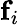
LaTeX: \mathbf{f}_{i}